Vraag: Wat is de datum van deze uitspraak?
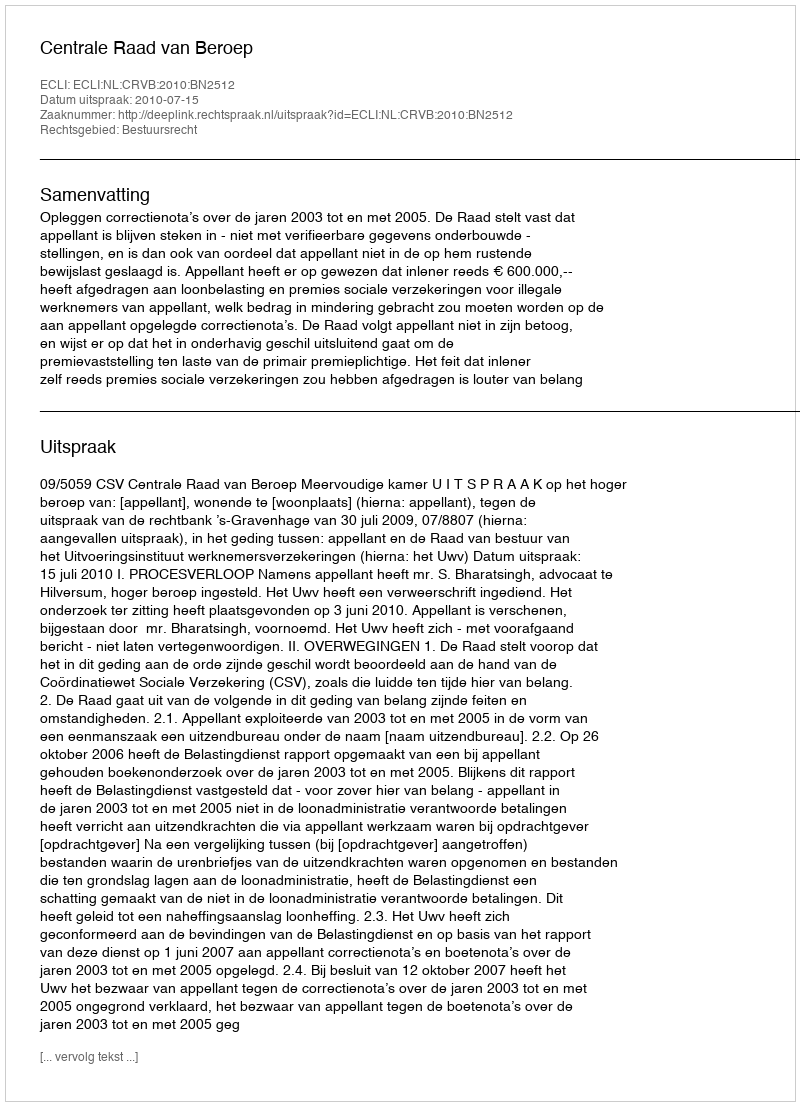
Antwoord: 2010-07-15